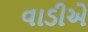
વાડીએ